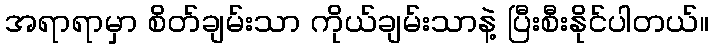
အရာရာမှာ စိတ်ချမ်းသာ ကိုယ်ချမ်းသာနဲ့ ပြီးစီးနိုင်ပါတယ်။